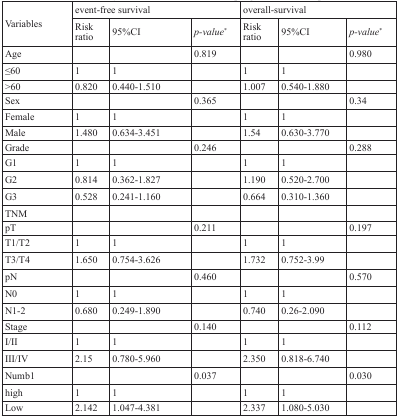
<table><thead><tr><td rowspan="2"><b>Variables</b></td><td colspan="3"><b>event-free survival</b></td><td colspan="3"><b>overall-survival</b></td></tr><tr><td><b>Risk ratio</b></td><td><b>95%CI</b></td><td><b><i>p-value</i>*</b></td><td><b>Risk ratio</b></td><td><b>95%CI</b></td><td><b><i>p-value</i>*</b></td></tr></thead><tbody><tr><td>Age</td><td></td><td></td><td>0.819</td><td></td><td></td><td>0.980</td></tr><tr><td>≤60</td><td>1</td><td>1</td><td></td><td>1</td><td>1</td><td></td></tr><tr><td>&gt;60</td><td>0.820</td><td>0.440-1.510</td><td></td><td>1.007</td><td>0.540-1.880</td><td></td></tr><tr><td>Sex</td><td></td><td></td><td>0.365</td><td></td><td></td><td>0.34</td></tr><tr><td>Female</td><td>1</td><td>1</td><td></td><td>1</td><td>1</td><td></td></tr><tr><td>Male</td><td>1.480</td><td>0.634-3.451</td><td></td><td>1.54</td><td>0.630-3.770</td><td></td></tr><tr><td>Grade</td><td></td><td></td><td>0.246</td><td></td><td></td><td>0.288</td></tr><tr><td>G1</td><td>1</td><td>1</td><td></td><td>1</td><td>1</td><td></td></tr><tr><td>G2</td><td>0.814</td><td>0.362-1.827</td><td></td><td>1.190</td><td>0.520-2.700</td><td></td></tr><tr><td>G3</td><td>0.528</td><td>0.241-1.160</td><td></td><td>0.664</td><td>0.310-1.360</td><td></td></tr><tr><td>TNM</td><td></td><td></td><td></td><td></td><td></td><td></td></tr><tr><td>pT</td><td></td><td></td><td>0.211</td><td></td><td></td><td>0.197</td></tr><tr><td>T1/T2</td><td>1</td><td>1</td><td></td><td>1</td><td>1</td><td></td></tr><tr><td>T3/T4</td><td>1.650</td><td>0.754-3.626</td><td></td><td>1.732</td><td>0.752-3.99</td><td></td></tr><tr><td>pN</td><td></td><td></td><td>0.460</td><td></td><td></td><td>0.570</td></tr><tr><td>N0</td><td>1</td><td>1</td><td></td><td>1</td><td>1</td><td></td></tr><tr><td>N1-2</td><td>0.680</td><td>0.249-1.890</td><td></td><td>0.740</td><td>0.26-2.090</td><td></td></tr><tr><td>Stage</td><td></td><td></td><td>0.140</td><td></td><td></td><td>0.112</td></tr><tr><td>I/II</td><td>1</td><td>1</td><td></td><td>1</td><td>1</td><td></td></tr><tr><td>III/IV</td><td>2.15</td><td>0.780-5.960</td><td></td><td>2.350</td><td>0.818-6.740</td><td></td></tr><tr><td>Numb1</td><td></td><td></td><td>0.037</td><td></td><td></td><td>0.030</td></tr><tr><td>high</td><td>1</td><td>1</td><td></td><td>1</td><td>1</td><td></td></tr><tr><td>Low</td><td>2.142</td><td>1.047-4.381</td><td></td><td>2.337</td><td>1.080-5.030</td><td></td></tr></tbody></table>